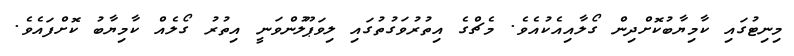
މިނިޓުގައި ކާމިޔާބުކޮށްދިން ގޯލާއިއެކުއެވެ. މެޗްގެ އިތުރުވަގުތުގައި ލިވަޕޫލުންވަނީ އިތުރު ގޯލެއް ކާމިޔާބު ކޮށްފައެވެ.